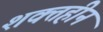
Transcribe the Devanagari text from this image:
शक्तहीन